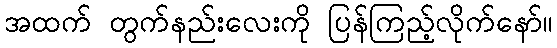
အထက် တွက်နည်းလေးကို ပြန်ကြည့်လိုက်နော်။